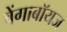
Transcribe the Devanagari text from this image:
वेंगाबॉयज